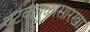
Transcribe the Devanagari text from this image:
वटवाघुळासारखा